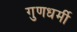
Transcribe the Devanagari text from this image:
गुणधर्मी